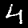
Digit: 4